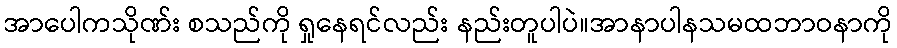
အာပေါကသိုဏ်း စသည်ကို ရှုနေရင်လည်း နည်းတူပါပဲ။အာနာပါနသမထဘာဝနာကို